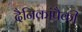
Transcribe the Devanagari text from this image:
दैनिकांपैकी